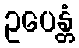
ဥပေန္တံ